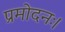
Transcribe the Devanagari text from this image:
प्रमोदनः।